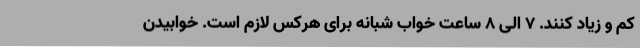
کم و زیاد کنند. 7 الی 8 ساعت خواب شبانه برای هرکس لازم است. خوابیدن